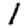
Digit: 1